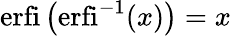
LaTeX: \operatorname{erfi}\left(\operatorname{erfi}^{-1}(x)\right)=x